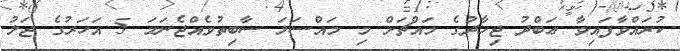
ކުރައްވާފައިވާ ޢަބްދު ޖިހާދުގެ މައްޗަށް މި މައްސަލަ ސާބިތުވެއްޖެނަމަ 5 އަހަރުގެ ޖަލު